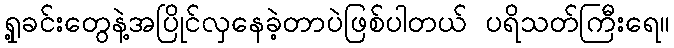
ရှု့ခင်းတွေနဲ့အပြိုင်လှနေခဲ့တာပဲဖြစ်ပါတယ် ပရိသတ်ကြီးရေ။